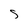
Character: S